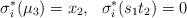
LaTeX: \begin{align*}\sigma^\ast_i(\mu_3)=x_2, \ \ \sigma^\ast_i(s_1t_2)=0\end{align*}